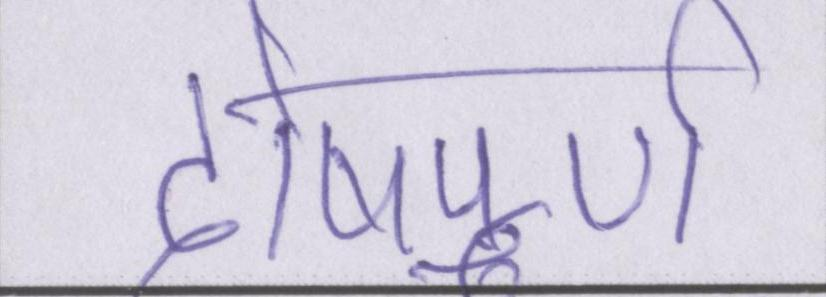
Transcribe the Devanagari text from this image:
दोषपूर्ण